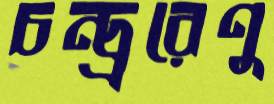
চন্দ্র্ররেণু